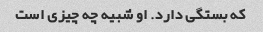
که بستگی دارد. او شبیه چه چیزی است